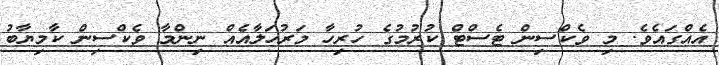
އެއްގައެވެ. މި ވެކްސިން ޓެސްޓް ކުރުމުގެ ހުރިހާ މަރުހަލާއެއް ނިންމާ ވެކްސިން ކާމިޔާބު